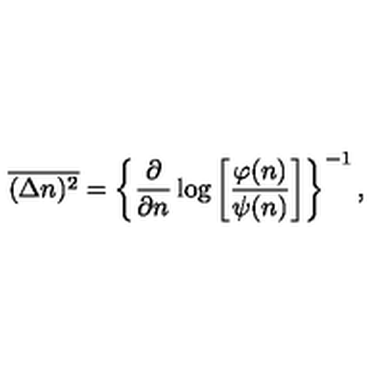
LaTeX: \overline { { ( \Delta n ) ^ { 2 } } } = \left\{ \frac { \partial } { \partial n } \log \left[ \frac { \varphi ( n ) } { \psi ( n ) } \right] \right\} ^ { - 1 } ,